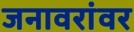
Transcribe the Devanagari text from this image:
जनावरांवर